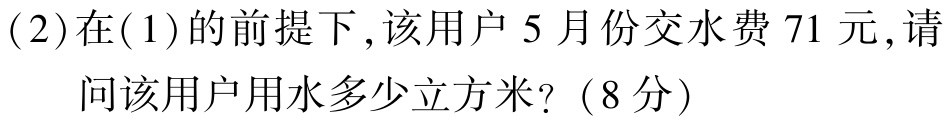
(2)在(1)的前提下,该用户5月份交水费71元,请问该用户用水多少立方米?（8分）